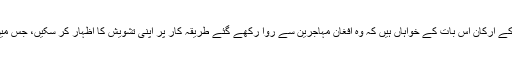
طالبان ترجمان، ذبیح اللہ مجاہد نے 'وائس آف امریکہ' کو بتایا کہ طالبان وفد کے ارکان اِس بات کے خواہاں ہیں کہ وہ افغان مہاجرین سے روا رکھے گئے طریقہ کار پر اپنی تشویش کا اظہار کر سکیں، جس میں اُن کا زبردستی انخلا اور پاکستان سے ملک بدری کے معاملات شامل ہیں۔